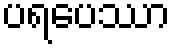
ပရပေဿာ